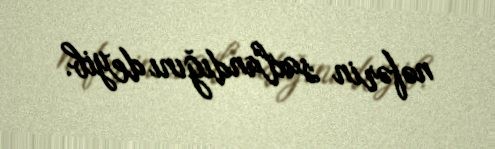
nəfərin saxlandığını deyib.